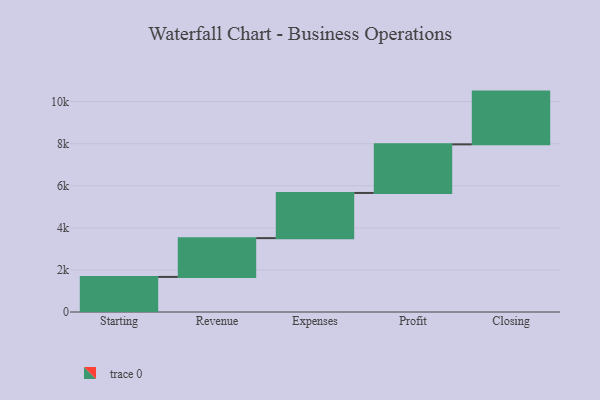
{"axis": {"x": "Step", "y": "Value"}, "legend": [""], "data": [{"x": "Starting", "y": 1667.0, "type": ""}, {"x": "Revenue", "y": 1844.0, "type": ""}, {"x": "Expenses", "y": 2147.0, "type": ""}, {"x": "Profit", "y": 2310.0, "type": ""}, {"x": "Closing", "y": 2507.0, "type": ""}]}